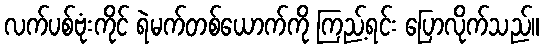
လက်ပစ်ဗုံးကိုင် ရဲမက်တစ်ယောက်ကို ကြည့်ရင်း ပြောလိုက်သည်။